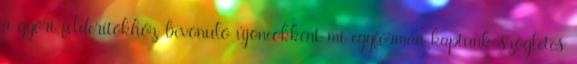
a győri felderítőkhöz bevonuló újoncokként mi egyformán kaptunk szögletes